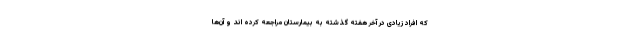
که افراد زیادی در آخر هفته گذشته به بیمارستان مراجعه کرده اند و آن‌ها